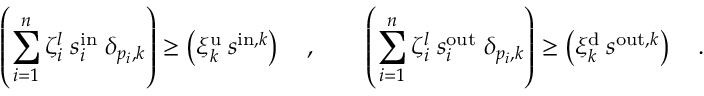
\left( \sum _ { i = 1 } ^ { n } \zeta _ { i } ^ { l } \; s _ { i } ^ { \mathrm { i n } } \; \delta _ { p _ { i } , k } \right) \geq \left( \xi _ { k } ^ { \mathrm { u } } \: s ^ { \mathrm { i n } , k } \right) \quad , \qquad \left( \sum _ { i = 1 } ^ { n } \zeta _ { i } ^ { l } \; s _ { i } ^ { \mathrm { o u t } } \; \delta _ { p _ { i } , k } \right) \geq \left( \xi _ { k } ^ { \mathrm { d } } \: s ^ { \mathrm { o u t } , k } \right) \quad .